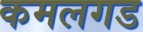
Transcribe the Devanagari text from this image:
कमलगड